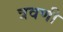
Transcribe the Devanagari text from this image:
त्रवणी